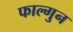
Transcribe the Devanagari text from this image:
फाल्‍गुन